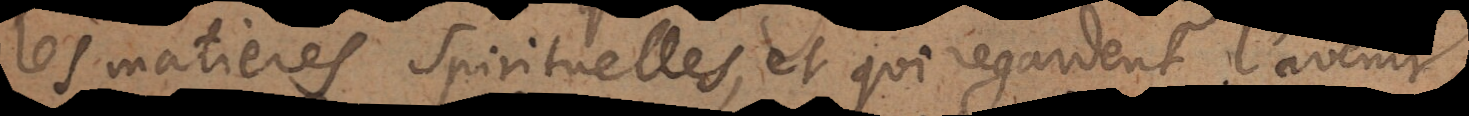
les matieres spirituelles, et qui regardent l’avenir.